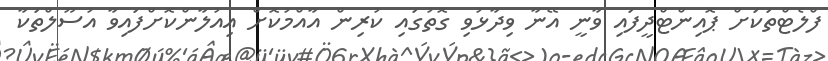
ފްލެޓްތަކަށް ޕޮއިންޓްދީފައި ވާނީ އޭނާ ވިދާޅުވި ގޮތުގައި ކުރިން އާއްމުކޮށް އިއުލާންކޮށްފައިވާ އުސޫލްތަކާ